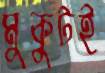
মুকুটই